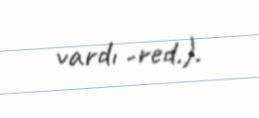
vardı -red.).